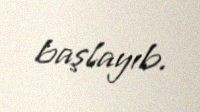
başlayıb.